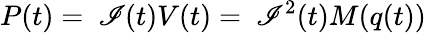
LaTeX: P(t)=\ \mathscr{I}(t)V(t)=\ \mathscr{I}^{2}(t)M(q(t))